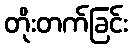
တိုးတက်ခြင်း